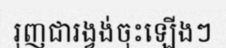
រុញជារង្វង់ចុះឡើងៗ